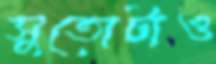
সুতোটাও